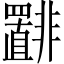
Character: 𫕾